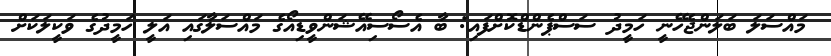
މައްސަލަ ބަލަންޖެހޭނީ ހަމީދު ސަސްޕެންޑްކޮށްފައި: ބާ އެސޯސިއޭޝަންވީޑިއޯގެ މައްސަލާގައި އަލީ ހަމީދުގެ ވަކީލަކަށް